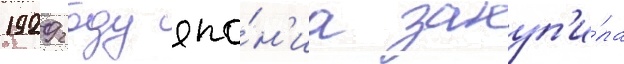
1929 году япо́н'иа закуп'и́ла